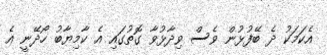
އެކަމަކު ދެ ބޭފުޅުން ވެސް ވިދާޅުވާ ގޮތުގައި އެ ކާމިޔާބު ހޯދޭނީ އެ